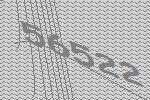
56522